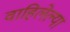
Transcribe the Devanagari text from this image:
वाहिलेल्‍या